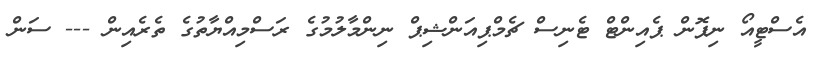
އެސްޓީއޯ ނިޕޮން ޕެއިންޓް ޓެނިސް ޗެމްޕިއަންޝިޕް ނިންމާލުމުގެ ރަސްމިއްޔާތުގެ ތެރެއިން --- ސަން